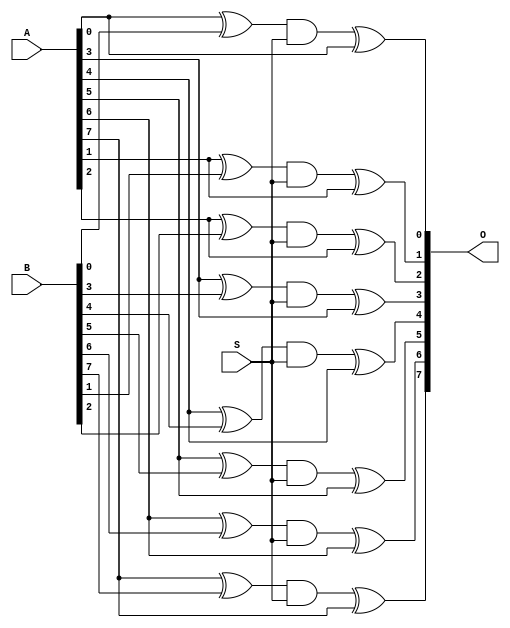
`timescale 1ns / 1ps

module MUX #(parameter N=8)(
	input [N-1:0] A,
	input [N-1:0] B,
	input S,
	output [N-1:0] O
);

	genvar g,h;
	
	localparam MAX_LOOP = 512;
	
	generate
	if(N < MAX_LOOP)	begin : IF1
		for(g=0;g<N;g=g+1)
		begin:FAINST
			assign O[g] = (((A[g]^B[g])&S)^A[g]);
		end
	end	else	begin : IF1_N
		for(h=0;h<N/MAX_LOOP;h=h+1)
		begin:FA_INST_0
			for(g=0;g<MAX_LOOP;g=g+1)
			begin:FA_INST_1
				assign O[h*MAX_LOOP + g] = (((A[h*MAX_LOOP + g]^B[h*MAX_LOOP + g])&S)^A[h*MAX_LOOP + g]);
			end
		end
		for(g=(N/MAX_LOOP)*MAX_LOOP;g <N;g=g+1)
		begin:FA_INST_1
			assign O[g] = (((A[g]^B[g])&S)^A[g]);
		end
	end
	endgenerate


endmodule